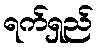
ရက်ရှည်